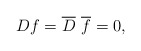
\begin{align*}Df={\overline D}~{\overline f}=0,\end{align*}